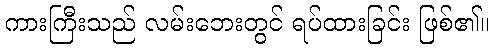
ကားကြီးသည် လမ်းဘေးတွင် ရပ်ထားခြင်း ဖြစ်၏။